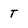
Character: T